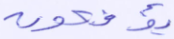
يؤفكون